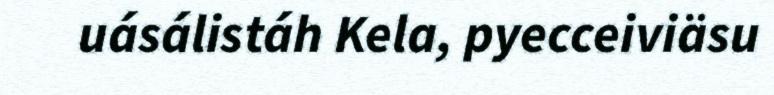
uásálistáh Kela, pyecceiviäsu